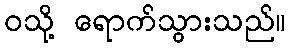
ဝသို့ ရောက်သွားသည်။